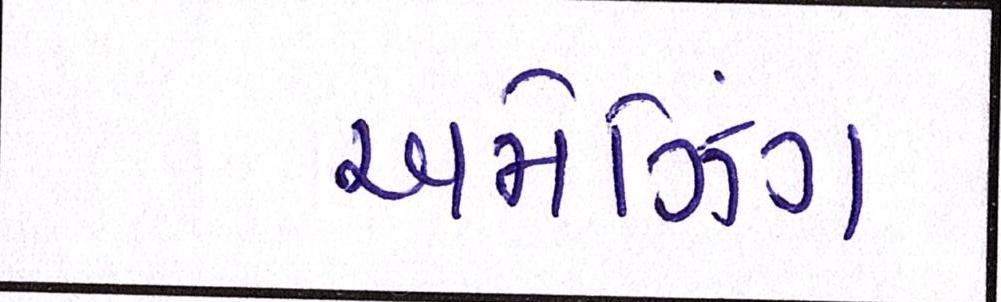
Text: અમેઝિંગ